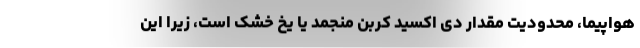
هواپیما، محدودیت مقدار دی اکسید کربن منجمد یا یخ خشک است، زیرا این